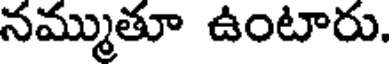
నమ్ముతూ ఉంటారు.